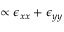
\propto \epsilon _ { x x } + \epsilon _ { y y }